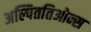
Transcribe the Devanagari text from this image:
अल्पिततिओन्स